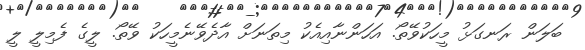
ބަލަން ރަނގަޅު މީހަކުވޭތޯ. އަހަންނާއިއެކު މިތަނަށް އާދެވޭނެމީހަކު ވޭތޯ. ލީގެ ފެމިލީ ލީ